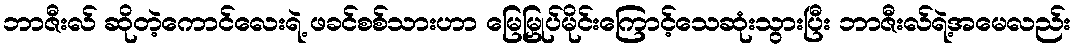
ဘာဇီးလ် ဆိုတဲ့ကောင်လေးရဲ့ ဖခင်စစ်သားဟာ မြေမြှုပ်မိုင်းကြောင့်သေဆုံးသွားပြီး ဘာဇီးလ်ရဲ့အမေလည်း